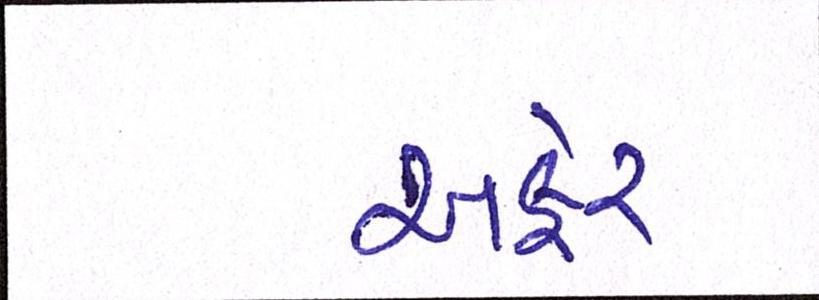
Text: અફેર